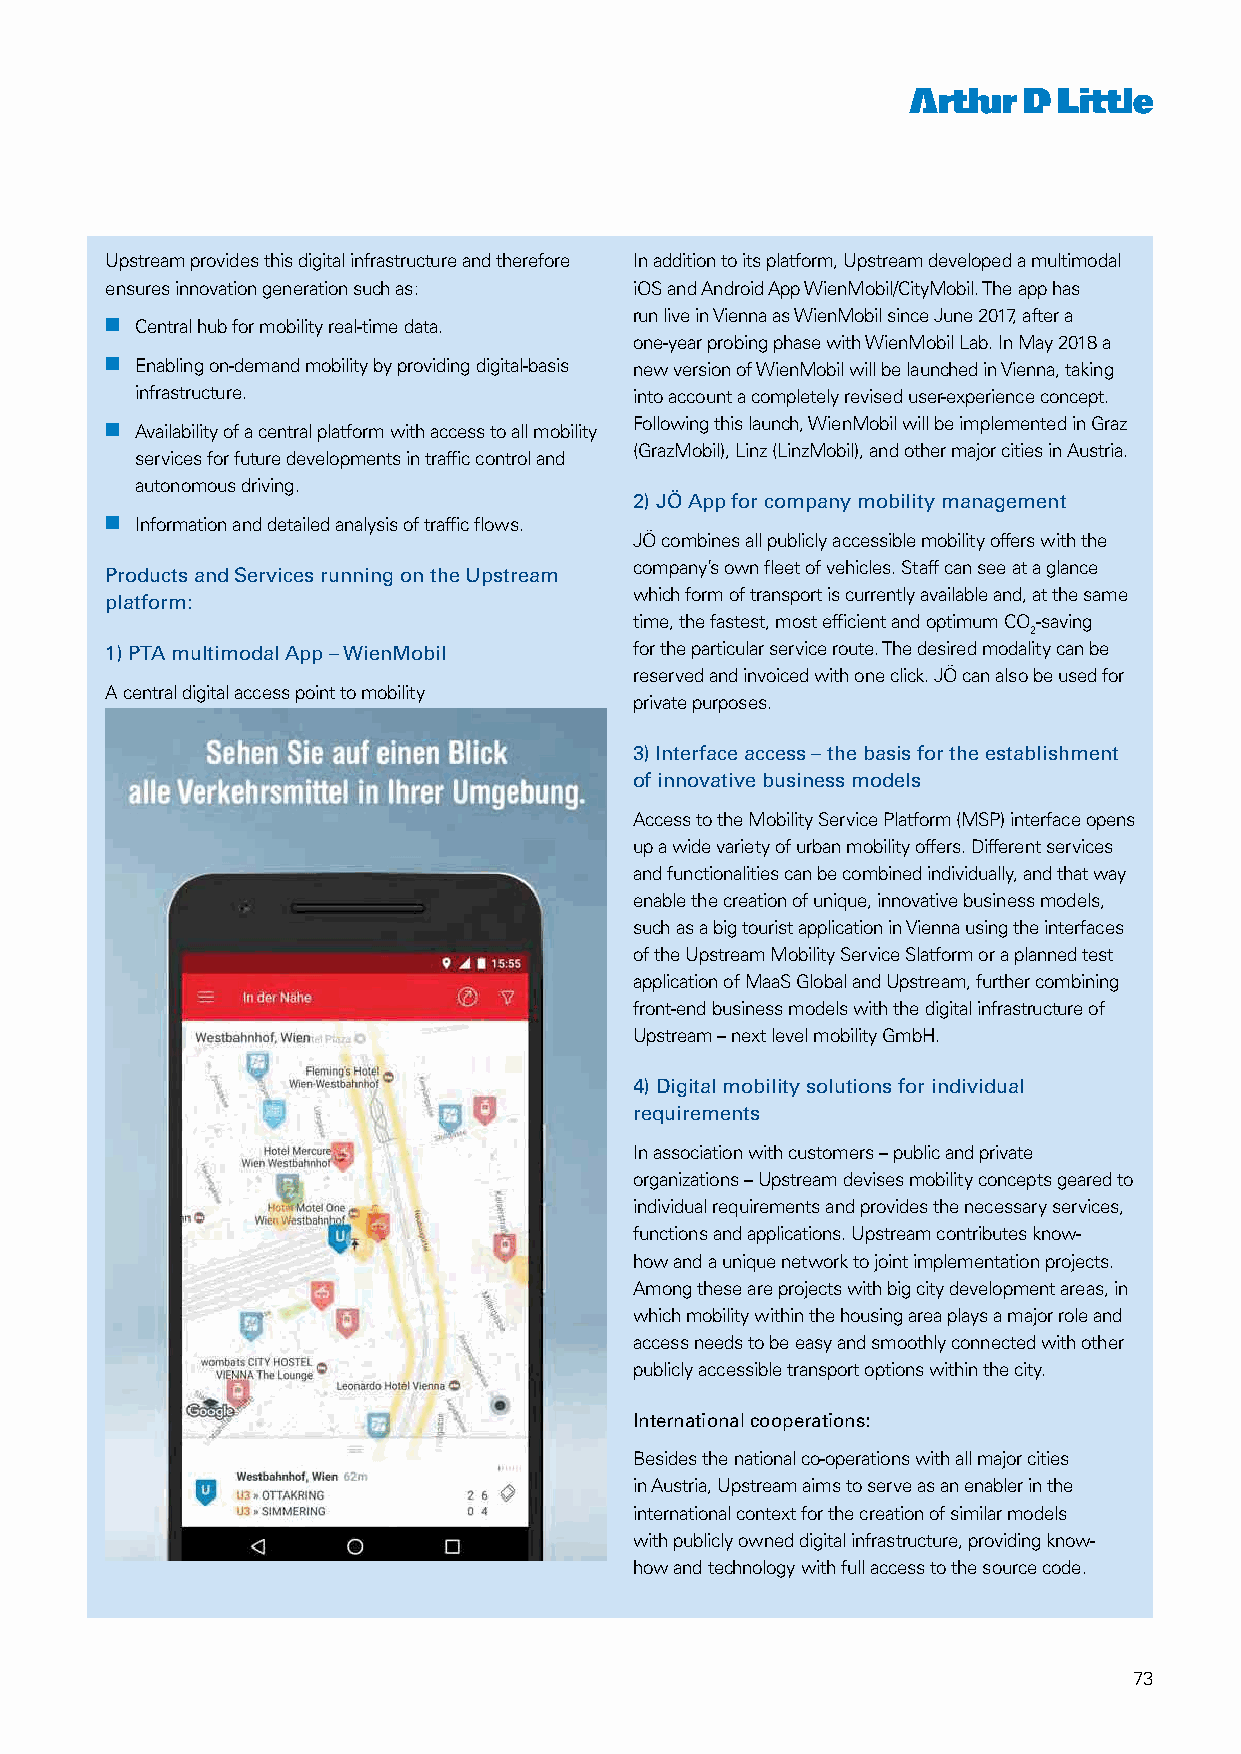
Upstream provides this digital infrastructure and therefore In addition to its platform, Upstream developed a multimodal
 ensures innovation generation such as: iOS and Android App WienMobil/CityMobil. The app has
 run live in Vienna as WienMobil since June 2017, after a
 nn Central hub for mobility real-time data.
 one-year probing phase with WienMobil Lab. In May 2018 a
 nn Enabling on-demand mobility by providing digital-basis new version of WienMobil will be launched in Vienna, taking
 infrastructure.                  into account a completely revised user-experience concept.
 nn Availability of a central platform with access to all mobility Following this launch, WienMobil will be implemented in Graz
 (GrazMobil), Linz (LinzMobil), and other major cities in Austria.
 services for future developments in traffic control and
 autonomous driving.
 2) JÖ App for company mobility management
 nn Information and detailed analysis of traffic flows.
 JÖ combines all publicly accessible mobility offers with the
 company’s own fleet of vehicles. Staff can see at a glance
 Products and Services running on the Upstream
 which form of transport is currently available and, at the same
 platform:
 time, the fastest, most efficient and optimum CO-saving
 2
 1) PTA multimodal App – WienMobil  for the particular service route. The desired modality can be
 reserved and invoiced with one click. JÖ can also be used for
 A central digital access point to mobility
 private purposes.
 3) Interface access – the basis for the establishment
 of innovative business models
 Access to the Mobility Service Platform (MSP) interface opens
 up a wide variety of urban mobility offers. Different services
 and functionalities can be combined individually, and that way
 enable the creation of unique, innovative business models,
 such as a big tourist application in Vienna using the interfaces
 of the Upstream Mobility Service Slatform or a planned test
 application of MaaS Global and Upstream, further combining
 front-end business models with the digital infrastructure of
 Upstream – next level mobility GmbH.
 4) Digital mobility solutions for individual
 requirements
 In association with customers – public and private
 organizations – Upstream devises mobility concepts geared to
 individual requirements and provides the necessary services,
 functions and applications. Upstream contributes know-
 how and a unique network to joint implementation projects.
 Among these are projects with big city development areas, in
 which mobility within the housing area plays a major role and
 access needs to be easy and smoothly connected with other
 publicly accessible transport options within the city.
 International cooperations:
 Besides the national co-operations with all major cities
 in Austria, Upstream aims to serve as an enabler in the
 international context for the creation of similar models
 with publicly owned digital infrastructure, providing know-
 how and technology with full access to the source code.
 73